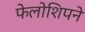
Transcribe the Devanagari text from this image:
फेलोशिपने